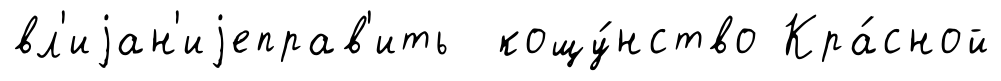
вл'иjан'иjеправ'ить кощу́нство Кра́сной